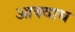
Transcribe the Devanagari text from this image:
आक्वाथ